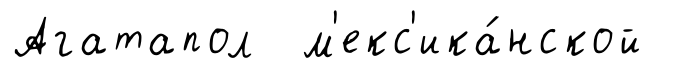
Агатапол м'екс'ика́нской